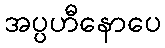
အပ္ပဟီနောပေ